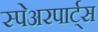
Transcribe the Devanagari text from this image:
स्पेअरपार्ट्स